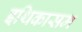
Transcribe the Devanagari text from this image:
इथिकासम